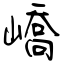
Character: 嶠